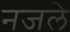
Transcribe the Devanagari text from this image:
नजले